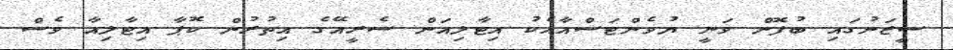
ސީޒަނުގައި ބުފޮން ވަނީ ޔުވެންޓަސްއާއެކު އިޓާލިއަން ސެރީއޭގެ އިތުރުން ކޮޕާ އިޓާލިއާ ވެސް